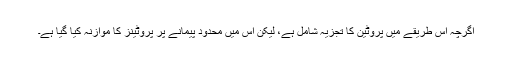
اگرچہ اس طریقے میں پروٹین کا تجزیہ شامل ہے، لیکن اس میں محدود پیمانے پر پروٹینز کا موازنہ کیا گیا ہے۔